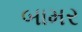
બામર